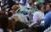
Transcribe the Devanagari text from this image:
प्रकाशनाधीन।